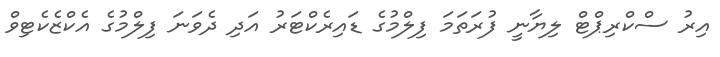
އިރު ސްކްރިޕްޓް ލިޔާނީ ފުރަތަމަ ފިލްމުގެ ޑައިރެކްޓަރު އަދި ދެވަނަ ފިލްމުގެ އެކްޒެކެޓިވް